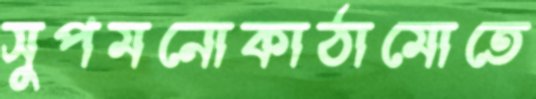
সুপমনোকাঠামোতে